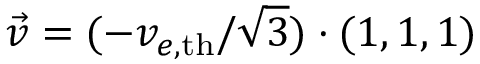
\vec { v } = ( - v _ { e , \mathrm { { t h } } } / \sqrt { 3 } ) \cdot ( 1 , 1 , 1 )